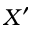
X ^ { \prime }